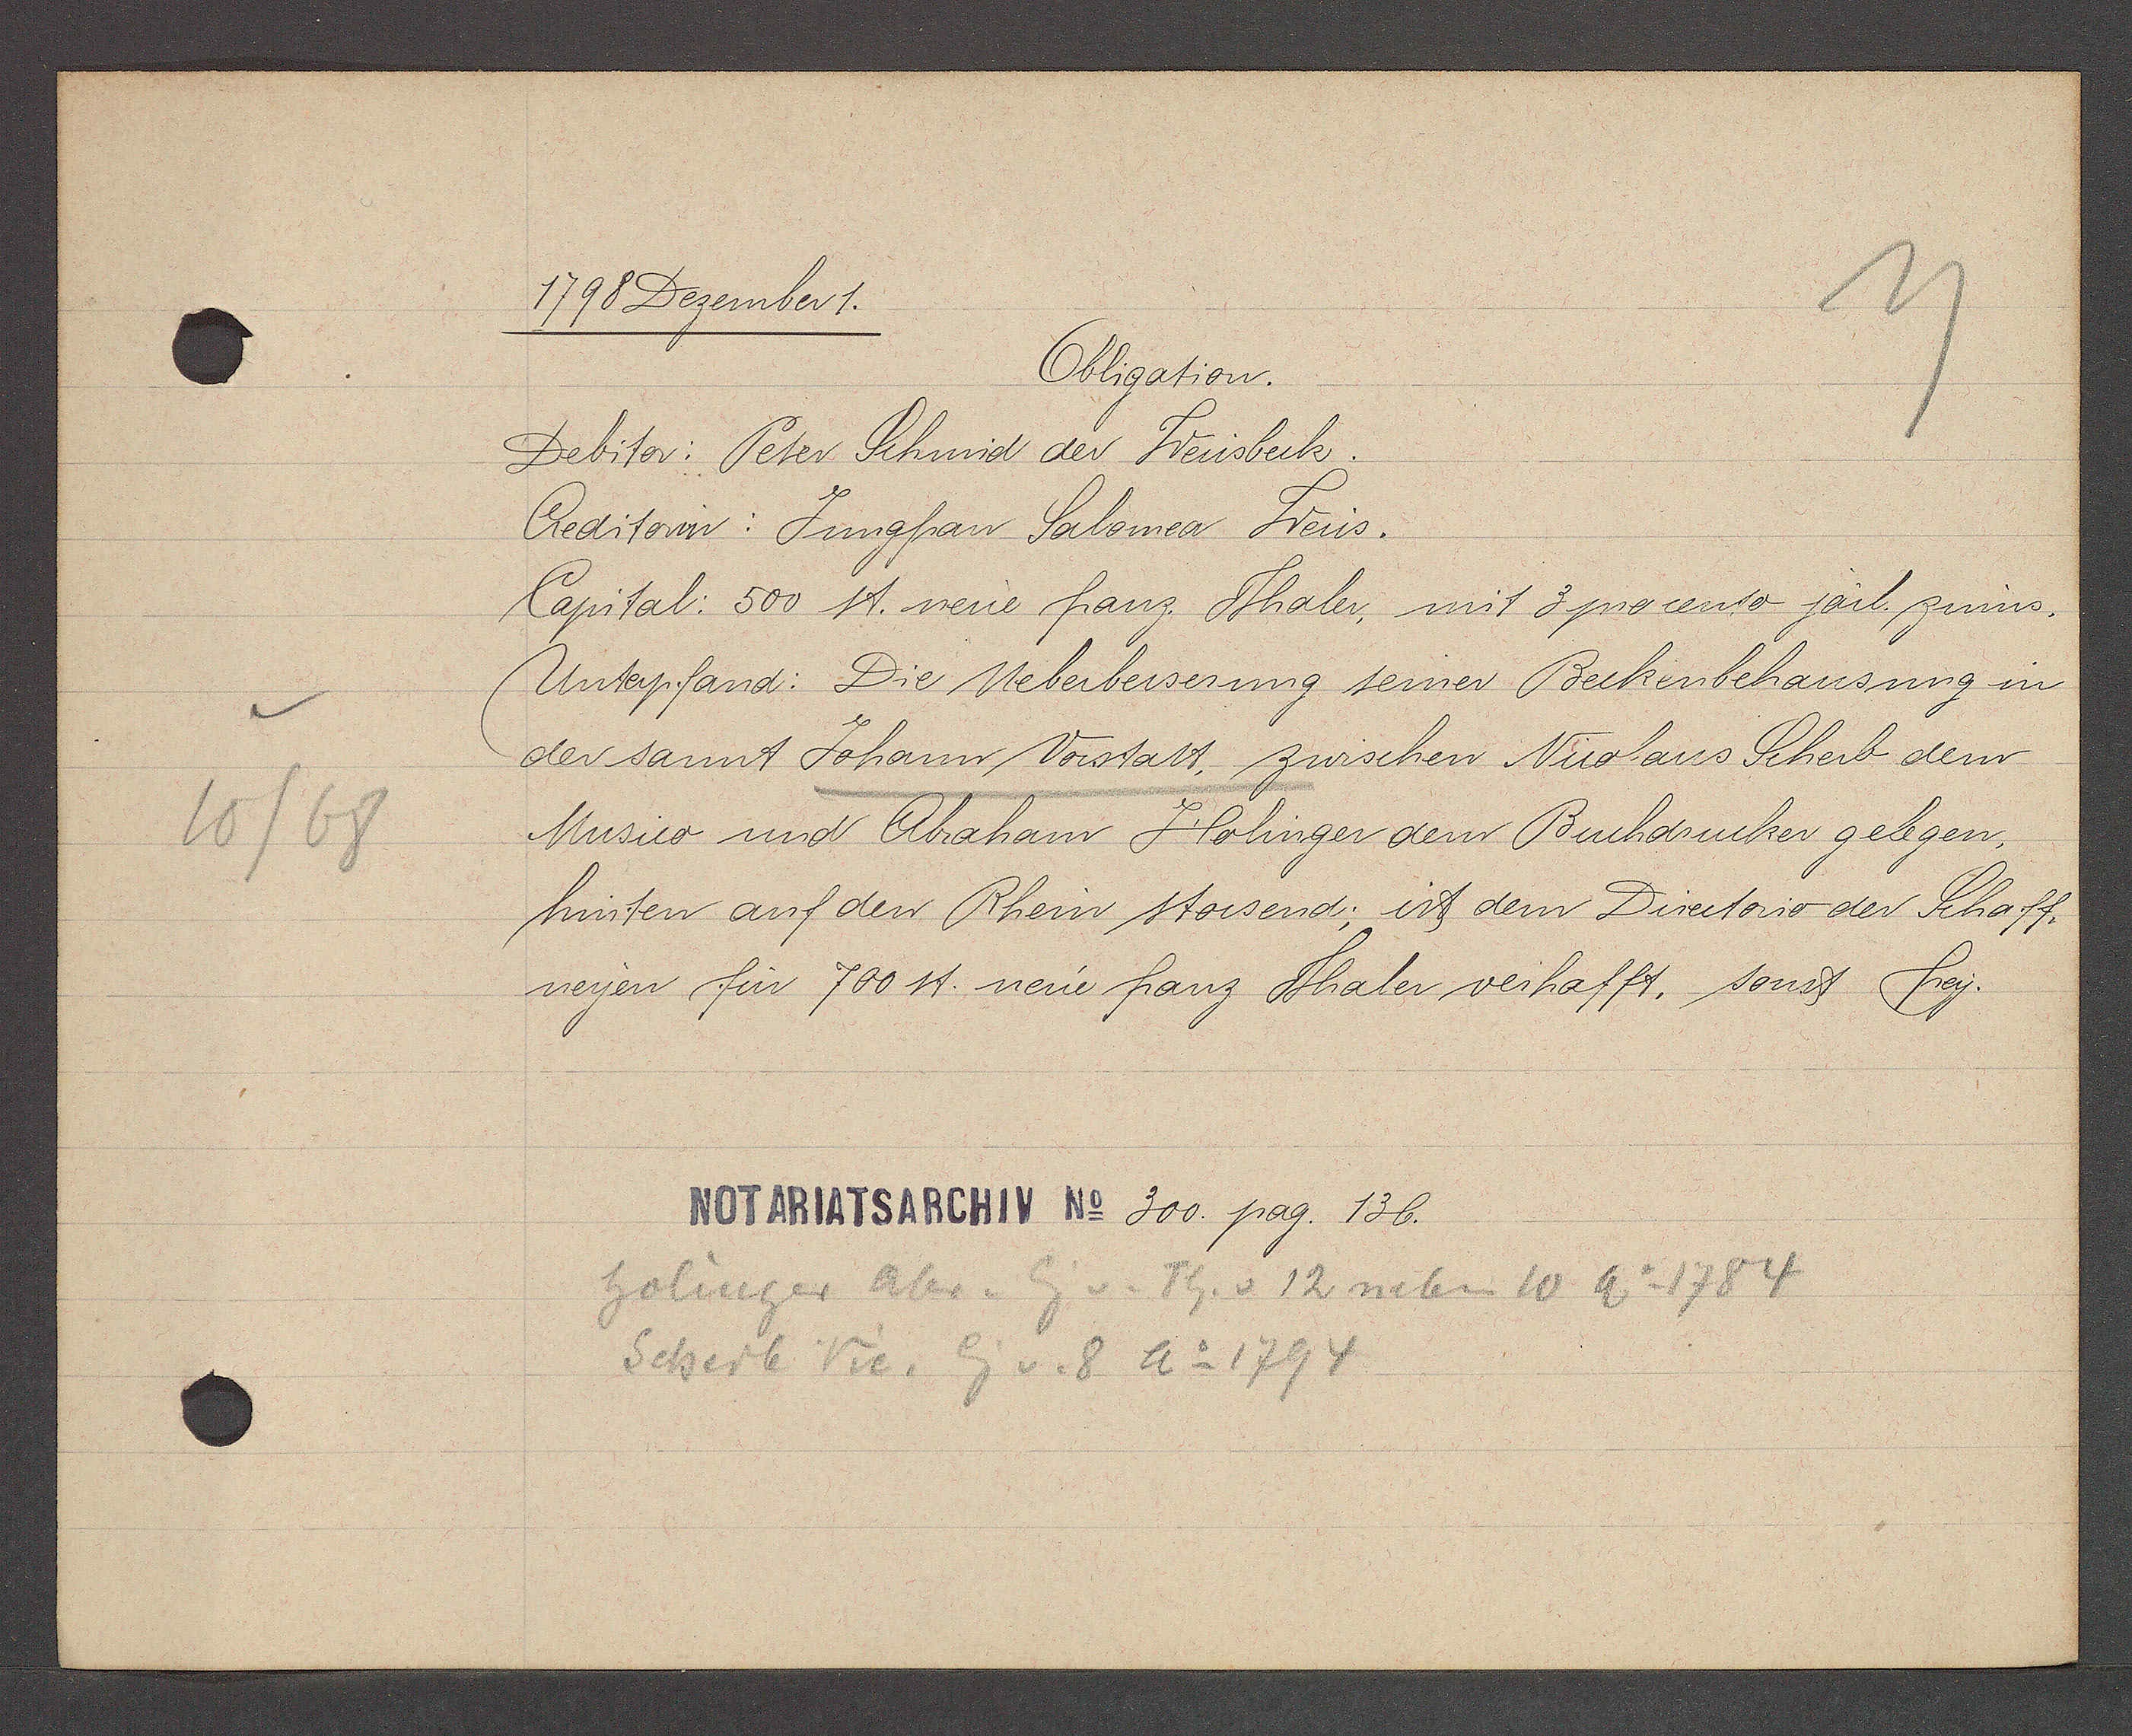
Transcript:
10/68

1798 Dezember 1.

Obligation.
Debitor: Peter Schmid der Weissbeck.
Creditorin: Jungfrau Salomea Weiss.
Capital: 500 st. neue franz. Thaler, mit 3 procento järl. zinns.
Unterpfand: Die Ueberbesserung seiner Beckenbehausung in
der sannt Johann Vorstatt, zwischen Nicolaus Scherb dem
Musico und Abraham Holinger dem Buchdrucker gelegen,
hinten auf den Rhein stossend; ist dem Directorio der Schaff¬
neyen für 700 st. neue franz. Thaler verhafft, sonst frey.

Notariatsarchiv No. 300. pag. 136.

Holinger aber. Eig v. Th. v 12 neben 10 Ao 1784
Scherb Vic. Eig v. 8 Ao 1794